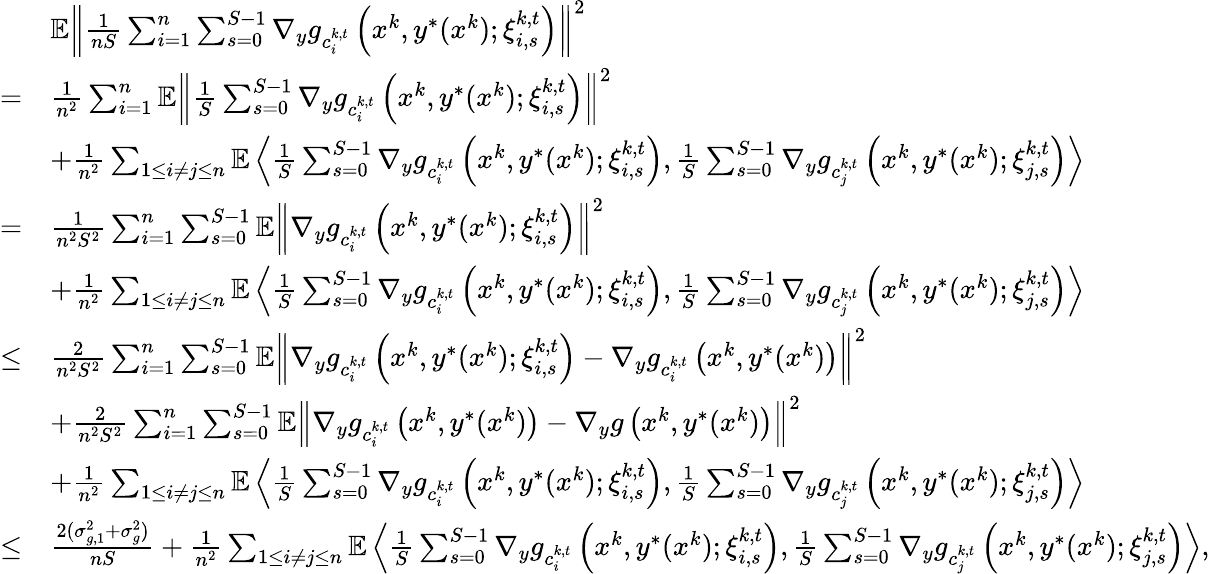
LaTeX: \begin{array}{rl}&{\mathbb{E}\left\| \frac{1}{nS}\sum_{i=1}^{n}\sum_{s=0}^{S-1}\nabla_{y}g_{c_{i}^{k,t}}\left(x^{k},y^{*}(x^{k});\xi_{i,s}^{k,t}\right)\right\| ^{2}}\\ {=}&{\frac{1}{n^{2}}\sum_{i=1}^{n}\mathbb{E}\left\| \frac{1}{S}\sum_{s=0}^{S-1}\nabla_{y}g_{c_{i}^{k,t}}\left(x^{k},y^{*}(x^{k});\xi_{i,s}^{k,t}\right)\right\| ^{2}}\\ &{+\frac{1}{n^{2}}\sum_{1\leq i\neq j\leq n}\mathbb{E}\left\langle\frac{1}{S}\sum_{s=0}^{S-1}\nabla_{y}g_{c_{i}^{k,t}}\left(x^{k},y^{*}(x^{k});\xi_{i,s}^{k,t}\right),\frac{1}{S}\sum_{s=0}^{S-1}\nabla_{y}g_{c_{j}^{k,t}}\left(x^{k},y^{*}(x^{k});\xi_{j,s}^{k,t}\right)\right\rangle}\\ {=}&{\frac{1}{n^{2}S^{2}}\sum_{i=1}^{n}\sum_{s=0}^{S-1}\mathbb{E}\left\| \nabla_{y}g_{c_{i}^{k,t}}\left(x^{k},y^{*}(x^{k});\xi_{i,s}^{k,t}\right)\right\| ^{2}}\\ &{+\frac{1}{n^{2}}\sum_{1\leq i\neq j\leq n}\mathbb{E}\left\langle\frac{1}{S}\sum_{s=0}^{S-1}\nabla_{y}g_{c_{i}^{k,t}}\left(x^{k},y^{*}(x^{k});\xi_{i,s}^{k,t}\right),\frac{1}{S}\sum_{s=0}^{S-1}\nabla_{y}g_{c_{j}^{k,t}}\left(x^{k},y^{*}(x^{k});\xi_{j,s}^{k,t}\right)\right\rangle}\\ {\leq}&{\frac{2}{n^{2}S^{2}}\sum_{i=1}^{n}\sum_{s=0}^{S-1}\mathbb{E}\left\| \nabla_{y}g_{c_{i}^{k,t}}\left(x^{k},y^{*}(x^{k});\xi_{i,s}^{k,t}\right)-\nabla_{y}g_{c_{i}^{k,t}}\left(x^{k},y^{*}(x^{k})\right)\right\| ^{2}}\\ &{+\frac{2}{n^{2}S^{2}}\sum_{i=1}^{n}\sum_{s=0}^{S-1}\mathbb{E}\left\| \nabla_{y}g_{c_{i}^{k,t}}\left(x^{k},y^{*}(x^{k})\right)-\nabla_{y}g\left(x^{k},y^{*}(x^{k})\right)\right\| ^{2}}\\ &{+\frac{1}{n^{2}}\sum_{1\leq i\neq j\leq n}\mathbb{E}\left\langle\frac{1}{S}\sum_{s=0}^{S-1}\nabla_{y}g_{c_{i}^{k,t}}\left(x^{k},y^{*}(x^{k});\xi_{i,s}^{k,t}\right),\frac{1}{S}\sum_{s=0}^{S-1}\nabla_{y}g_{c_{j}^{k,t}}\left(x^{k},y^{*}(x^{k});\xi_{j,s}^{k,t}\right)\right\rangle}\\ {\leq}&{\frac{2(\sigma_{g,1}^{2}+\sigma_{g}^{2})}{nS}+\frac{1}{n^{2}}\sum_{1\leq i\neq j\leq n}\mathbb{E}\left\langle\frac{1}{S}\sum_{s=0}^{S-1}\nabla_{y}g_{c_{i}^{k,t}}\left(x^{k},y^{*}(x^{k});\xi_{i,s}^{k,t}\right),\frac{1}{S}\sum_{s=0}^{S-1}\nabla_{y}g_{c_{j}^{k,t}}\left(x^{k},y^{*}(x^{k});\xi_{j,s}^{k,t}\right)\right\rangle,}\end{array}